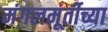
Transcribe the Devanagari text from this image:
मंगलमूर्तीच्या